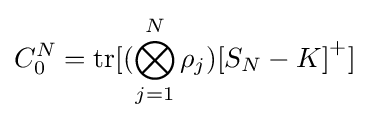
C_{0}^{N}=\mathrm {tr} [(\bigotimes _{j=1}^{N}\rho _{j}){[S_{N}-K]}^{+}]